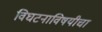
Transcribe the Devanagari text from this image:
विघटनाविषयीचा